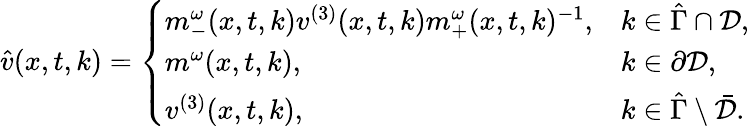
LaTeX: \begin{array}{r}{\hat{v}(x,t,k)=\left\{ \begin{array}{ll}{m_{-}^{\omega}(x,t,k)v^{(3)}(x,t,k)m_{+}^{\omega}(x,t,k)^{-1},}&{k\in\hat{\Gamma}\cap\mathcal{D},}\\ {m^{\omega}(x,t,k),}&{k\in\partial\mathcal{D},}\\ {v^{(3)}(x,t,k),}&{k\in\hat{\Gamma}\setminus\bar{\mathcal{D}}.}\end{array}\right.}\end{array}